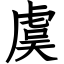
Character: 虞